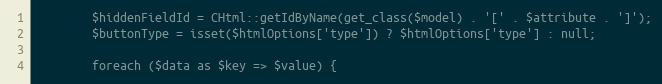
Language: PHP
		$hiddenFieldId = CHtml::getIdByName(get_class($model) . '[' . $attribute . ']');
		$buttonType = isset($htmlOptions['type']) ? $htmlOptions['type'] : null;

		foreach ($data as $key => $value) {